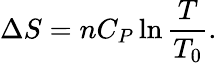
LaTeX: \Delta S=nC_{P}\ln{\frac{T}{T_{0}}}.